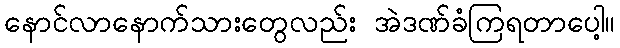
နောင်လာနောက်သားတွေလည်း အဲဒဏ်ခံကြရတာပေါ့။